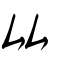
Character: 厸